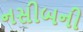
નસીબની